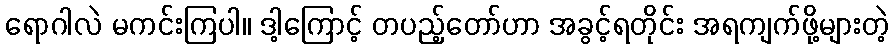
ရောဂါလဲ မကင်းကြပါ။ ဒါ့ကြောင့် တပည့်တော်ဟာ အခွင့်ရတိုင်း အရကျက်ဖို့များတဲ့